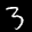
Label: 3